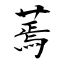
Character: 蔫